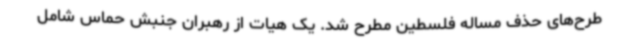
طرح‌های حذف مساله فلسطین مطرح شد. یک هیات از رهبران جنبش حماس شامل